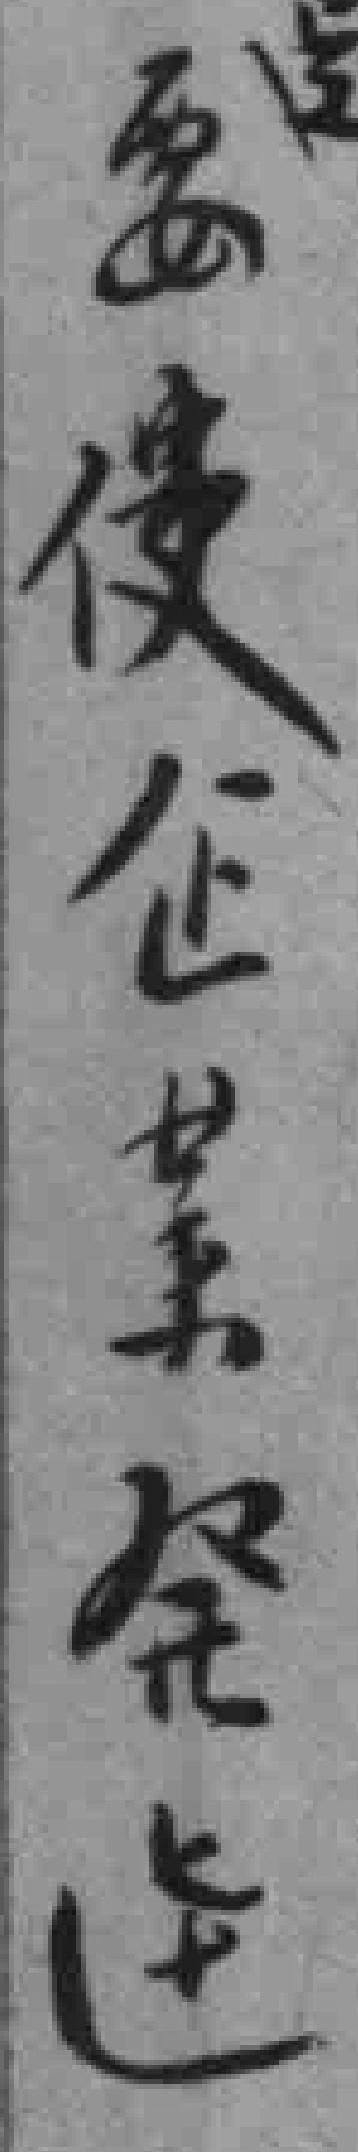
要使企業發逹